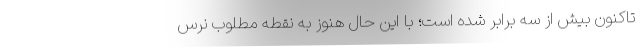
تاکنون بیش از سه برابر شده است؛ با این حال هنوز به نقطه مطلوب نرس